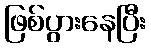
ဖြစ်ပွားနေပြီး